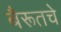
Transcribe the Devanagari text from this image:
बैरूतचे